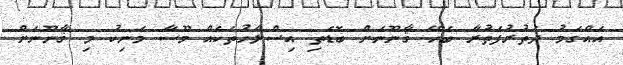
އެއްގަމު ދަތުރުފަތުރާ ބެހޭ ޤާނޫނަށް ބޮޑެތި އިސްލާހުތަކެއް މޫސާ މަނިކު މި ޤާނޫނަށް